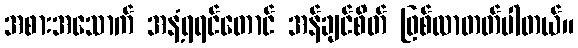
အစားအသောက် အနံ့ရရင်တောင် အန်ချင်စိတ် ဖြစ်လာတတ်ပါတယ်။